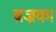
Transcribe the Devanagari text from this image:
बज्रका